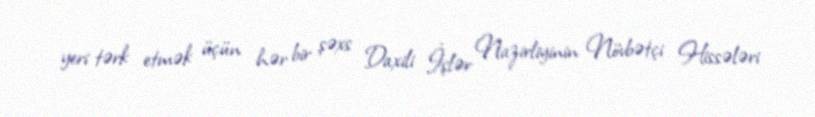
yeri tərk etmək üçün hər bir şəxs Daxili İşlər Nazirliyinin Növbətçi Hissələri